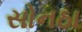
સોનઠા